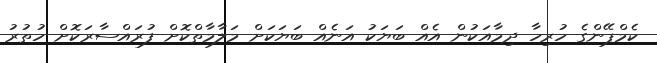
ކެމްޕޭންގެ ހުރިހާ ދިމާއަކުން އެއް ބަޔަކު އަނެއް ބަޔަކަށް މަލާމާތްކޮށް ފުރައްސާރަކޮށް ހުތުރު